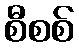
စီစစ်